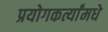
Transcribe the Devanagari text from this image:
प्रयोगकर्त्यांमधे